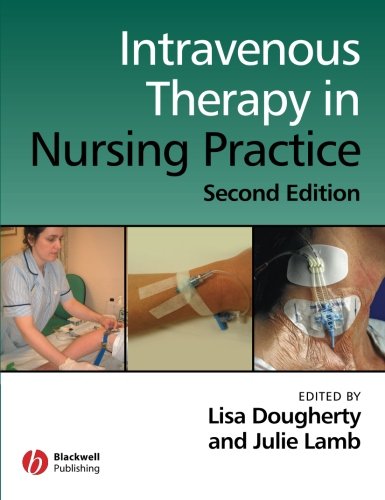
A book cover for Intravenous Therapy in Nursing Practice; Medical Books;